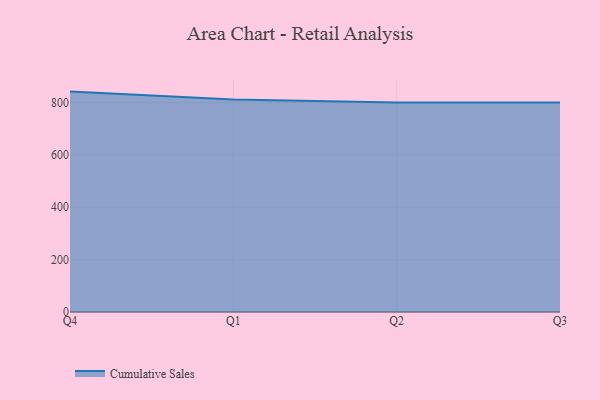
{"axis": {"x": "Quarter", "y": "Page Views"}, "legend": ["Cumulative Sales"], "data": [{"x": "Q4", "y": 841.8, "type": "Cumulative Sales"}, {"x": "Q1", "y": 811.5, "type": "Cumulative Sales"}, {"x": "Q2", "y": 800, "type": "Cumulative Sales"}, {"x": "Q3", "y": 800, "type": "Cumulative Sales"}]}